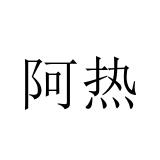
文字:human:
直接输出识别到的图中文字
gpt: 阿热